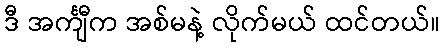
ဒီ အင်္ကျီက အစ်မနဲ့ လိုက်မယ် ထင်တယ်။